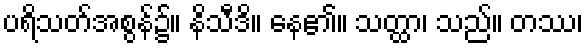
ပရိသတ်အစွန်၌။ နိသီဒိ။ နေ၏။ သတ္ထာ၊ သည်။ တဿ၊